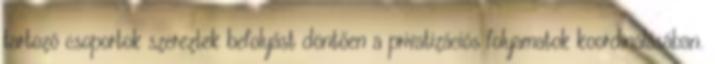
tartozó csoportok szereztek befolyást döntően a privatizációs folyamatok koordinálásában.